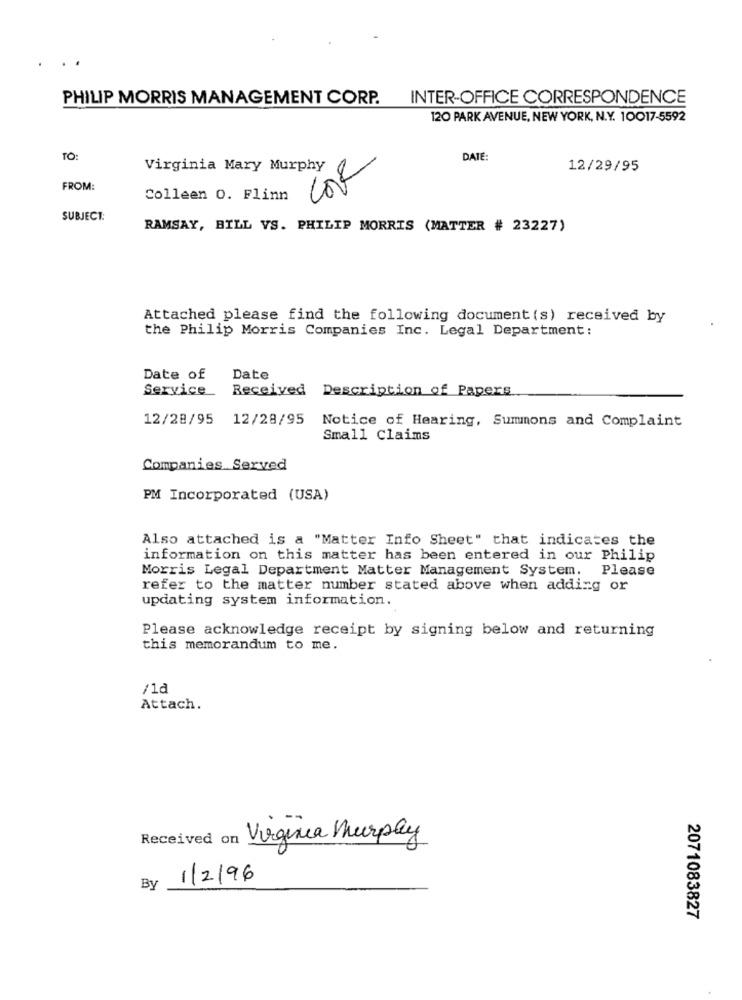
PHILIP MORRIS MANAGEMENT CORP.
INTER-OFFICE CORRESPONDENCE
120 PARK AVENUE, NEW YORK, N.Y. 10017-5592
TO:
COR
DATE:
Virginia Mary Murphy
12/29/95
FROM:
Colleen 0. Flinn
SUBJECT:
RAMSAY, BILL VS. PHILIP MORRIS (MATTER # 23227)
Attached please find the following document (s) received by
the Philip Morris Companies Inc. Legal Department:
Date of
Date
Service
Received Description of Papers
12/28/95
12/28/95 Notice of Hearing, Summons and Complaint
Small Claims
Companies Served
PM Incorporated (USA)
Also attached is a "Matter Info Sheet" that indicates the
information on this matter has been entered in our Philip
Morris Legal Department Matter Management System. Please
refer to the matter number stated above when adding or
updating system information.
Please acknowledge receipt by signing below and returning
this memorandum to me.
/1d
Attach.
Received on Virginia Murpay
1/2/96
By
2071083827